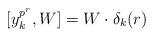
LaTeX: \begin{align*}[y_k^{p^r},W]=W\cdot \delta_k(r)\end{align*}